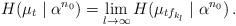
LaTeX: \begin{align*}H(\mu_t \mid \alpha^{n_0}) = \lim_{l \to \infty} H(\mu_{tf_{k_l}} \mid \alpha^{n_0}) \,.\end{align*}